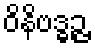
ဝိနိဗဒ္ဓဉ္ဇ